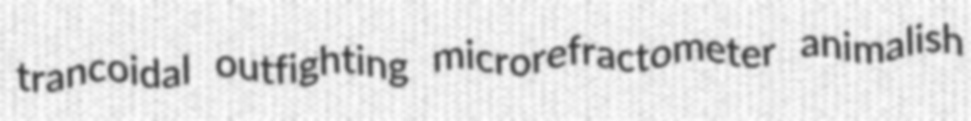
trancoidal outfighting microrefractometer animalish